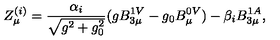
Z _ { \mu } ^ { ( i ) } = \frac { \alpha _ { i } } { \sqrt { g ^ { 2 } + g _ { 0 } ^ { 2 } } } ( g B _ { 3 \mu } ^ { 1 V } - g _ { 0 } B _ { \mu } ^ { 0 V } ) - \beta _ { i } B _ { 3 \mu } ^ { 1 A } ,